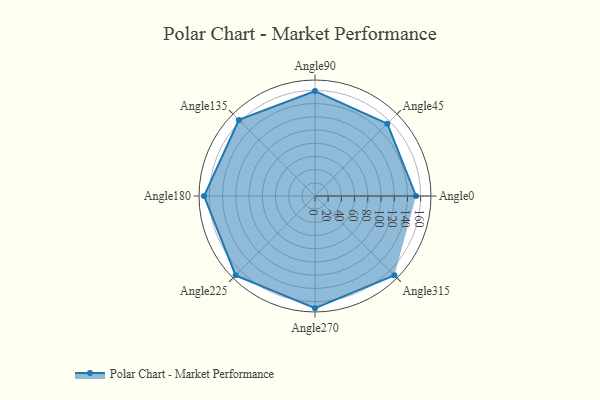
{"axis": {"x": "Angle", "y": "Radius"}, "legend": [""], "data": [{"x": "Angle0", "y": 153.0, "type": ""}, {"x": "Angle45", "y": 155.0, "type": ""}, {"x": "Angle90", "y": 159.0, "type": ""}, {"x": "Angle135", "y": 163.0, "type": ""}, {"x": "Angle180", "y": 168.0, "type": ""}, {"x": "Angle225", "y": 170, "type": ""}, {"x": "Angle270", "y": 170, "type": ""}, {"x": "Angle315", "y": 170, "type": ""}]}